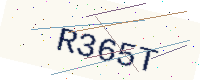
Text: R365T